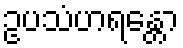
ဥပသံဟရန္တော